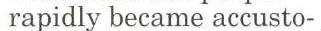
rapidly became accusto-